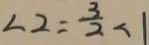
\angle 2 = \frac { 3 } { 2 } \angle 1